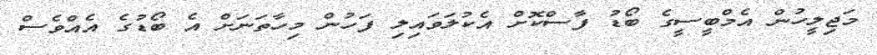
މަޖިލީހުން އެމްބީސީގެ ބޯޑު ފާސްކޮށް އެކުލަވައިލި ފަހުން މިހާތަނަށް އެ ބޯޑުގެ އެއްވެސް